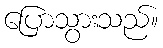
ပြောသွားသည်။